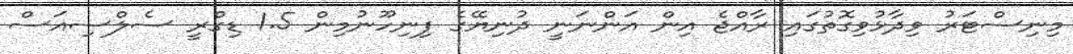
މިނިސްޓަރު ވިދާޅުވިގޮތުގައި ރާއްޖެ އިން އަންނަނީ ދުނިޔޭގެ ފިނިހޫނުމިން 1.5 ޑިގްރީ ސެލްސިއަސް